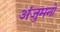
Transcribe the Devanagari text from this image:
अंजुमनों